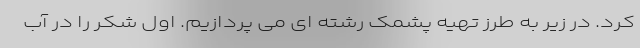
کرد. در زیر به طرز تهیه پشمک رشته ای می پردازیم. اول شکر را در آب